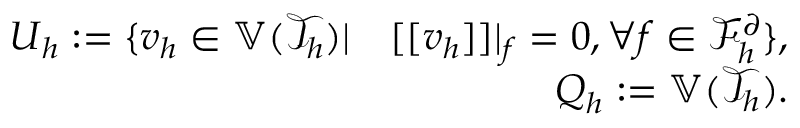
\begin{array} { r l r } & { } & { \boldsymbol { U } _ { h } : = \{ \boldsymbol { v } _ { h } \in \mathbb { V } ( \mathcal { T } _ { h } ) \vert \quad [ [ \boldsymbol { v } _ { h } ] ] \vert _ { f } = 0 , \forall f \in \mathcal { F } _ { h } ^ { \partial } \} , } \\ & { } & { \boldsymbol { Q } _ { h } : = \mathbb { V } ( \mathcal { T } _ { h } ) . } \end{array}